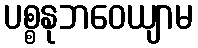
ပစ္စနုဘဝေယျာမ